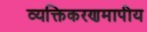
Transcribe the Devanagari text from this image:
व्यक्तिकरणमापीय